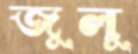
জুলু